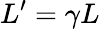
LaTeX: L^{\prime}=\gamma L